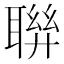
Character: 聨